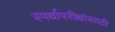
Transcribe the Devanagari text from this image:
स्पर्धापरीक्षांसाठी